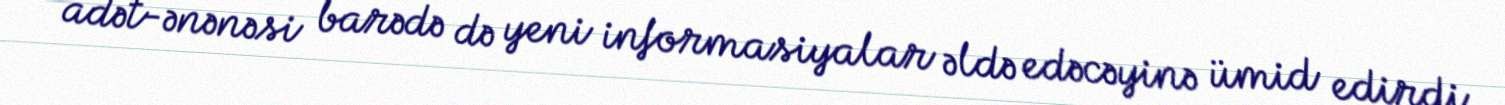
adət-ənənəsi barədə də yeni informasiyalar əldə edəcəyinə ümid edirdi.